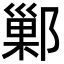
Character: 鄛